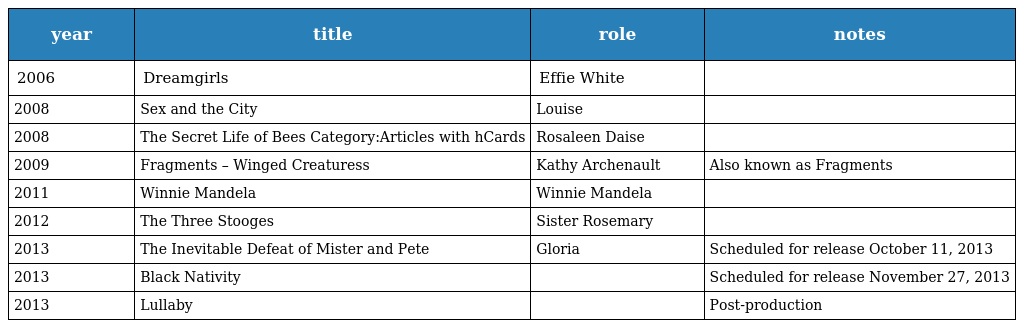
| year | title | role | notes |
 | --- | --- | --- | --- |
 | 2006 | Dreamgirls | Effie White |  |
 | 2008 | Sex and the City | Louise |  |
 | 2008 | The Secret Life of Bees Category:Articles with hCards | Rosaleen Daise |  |
 | 2009 | Fragments – Winged Creaturess | Kathy Archenault | Also known as Fragments |
 | 2011 | Winnie Mandela | Winnie Mandela |  |
 | 2012 | The Three Stooges | Sister Rosemary |  |
 | 2013 | The Inevitable Defeat of Mister and Pete | Gloria | Scheduled for release October 11, 2013 |
 | 2013 | Black Nativity |  | Scheduled for release November 27, 2013 |
 | 2013 | Lullaby |  | Post-production |